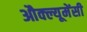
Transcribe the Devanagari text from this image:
औक्ल्यूमेंसी